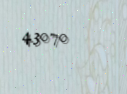
43070